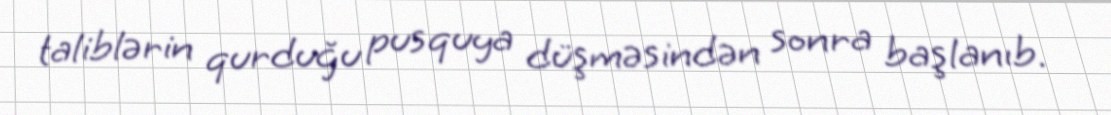
taliblərin qurduğu pusquya düşməsindən sonra başlanıb.